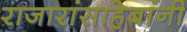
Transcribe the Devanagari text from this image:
राजारांसाहेबांनी